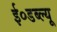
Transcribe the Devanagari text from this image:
ई०डब्ल्यू